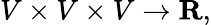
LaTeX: V\times V\times V\to\mathbf{R},